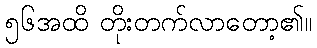
၅၆အထိ တိုးတက်လာတော့၏။